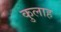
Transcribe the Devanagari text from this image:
कुलाह